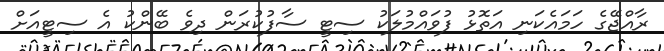
ރާއްޖޭގެ ހަމައެކަނި އަތޮޅު ފުވައްމުލަކު ސިޓީ ސާފުކުރަން ދިވެ ބޭންކު އެ ސިޓީއަށް